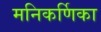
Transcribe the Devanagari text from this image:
मनिकर्णिका